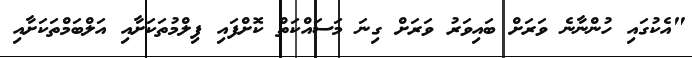
"އެކުގައި ހުންނާނެ ވަރަށް ބައިވަރު ވަރަށް ގިނަ މަސައްކަތް ކޮށްފައި ފިލްމުތަކަށާއި އަލްބަމްތަކަށާއި